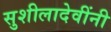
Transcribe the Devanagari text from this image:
सुशीलादेवींनी